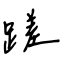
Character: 蹉